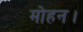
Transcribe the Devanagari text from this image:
मोहन।